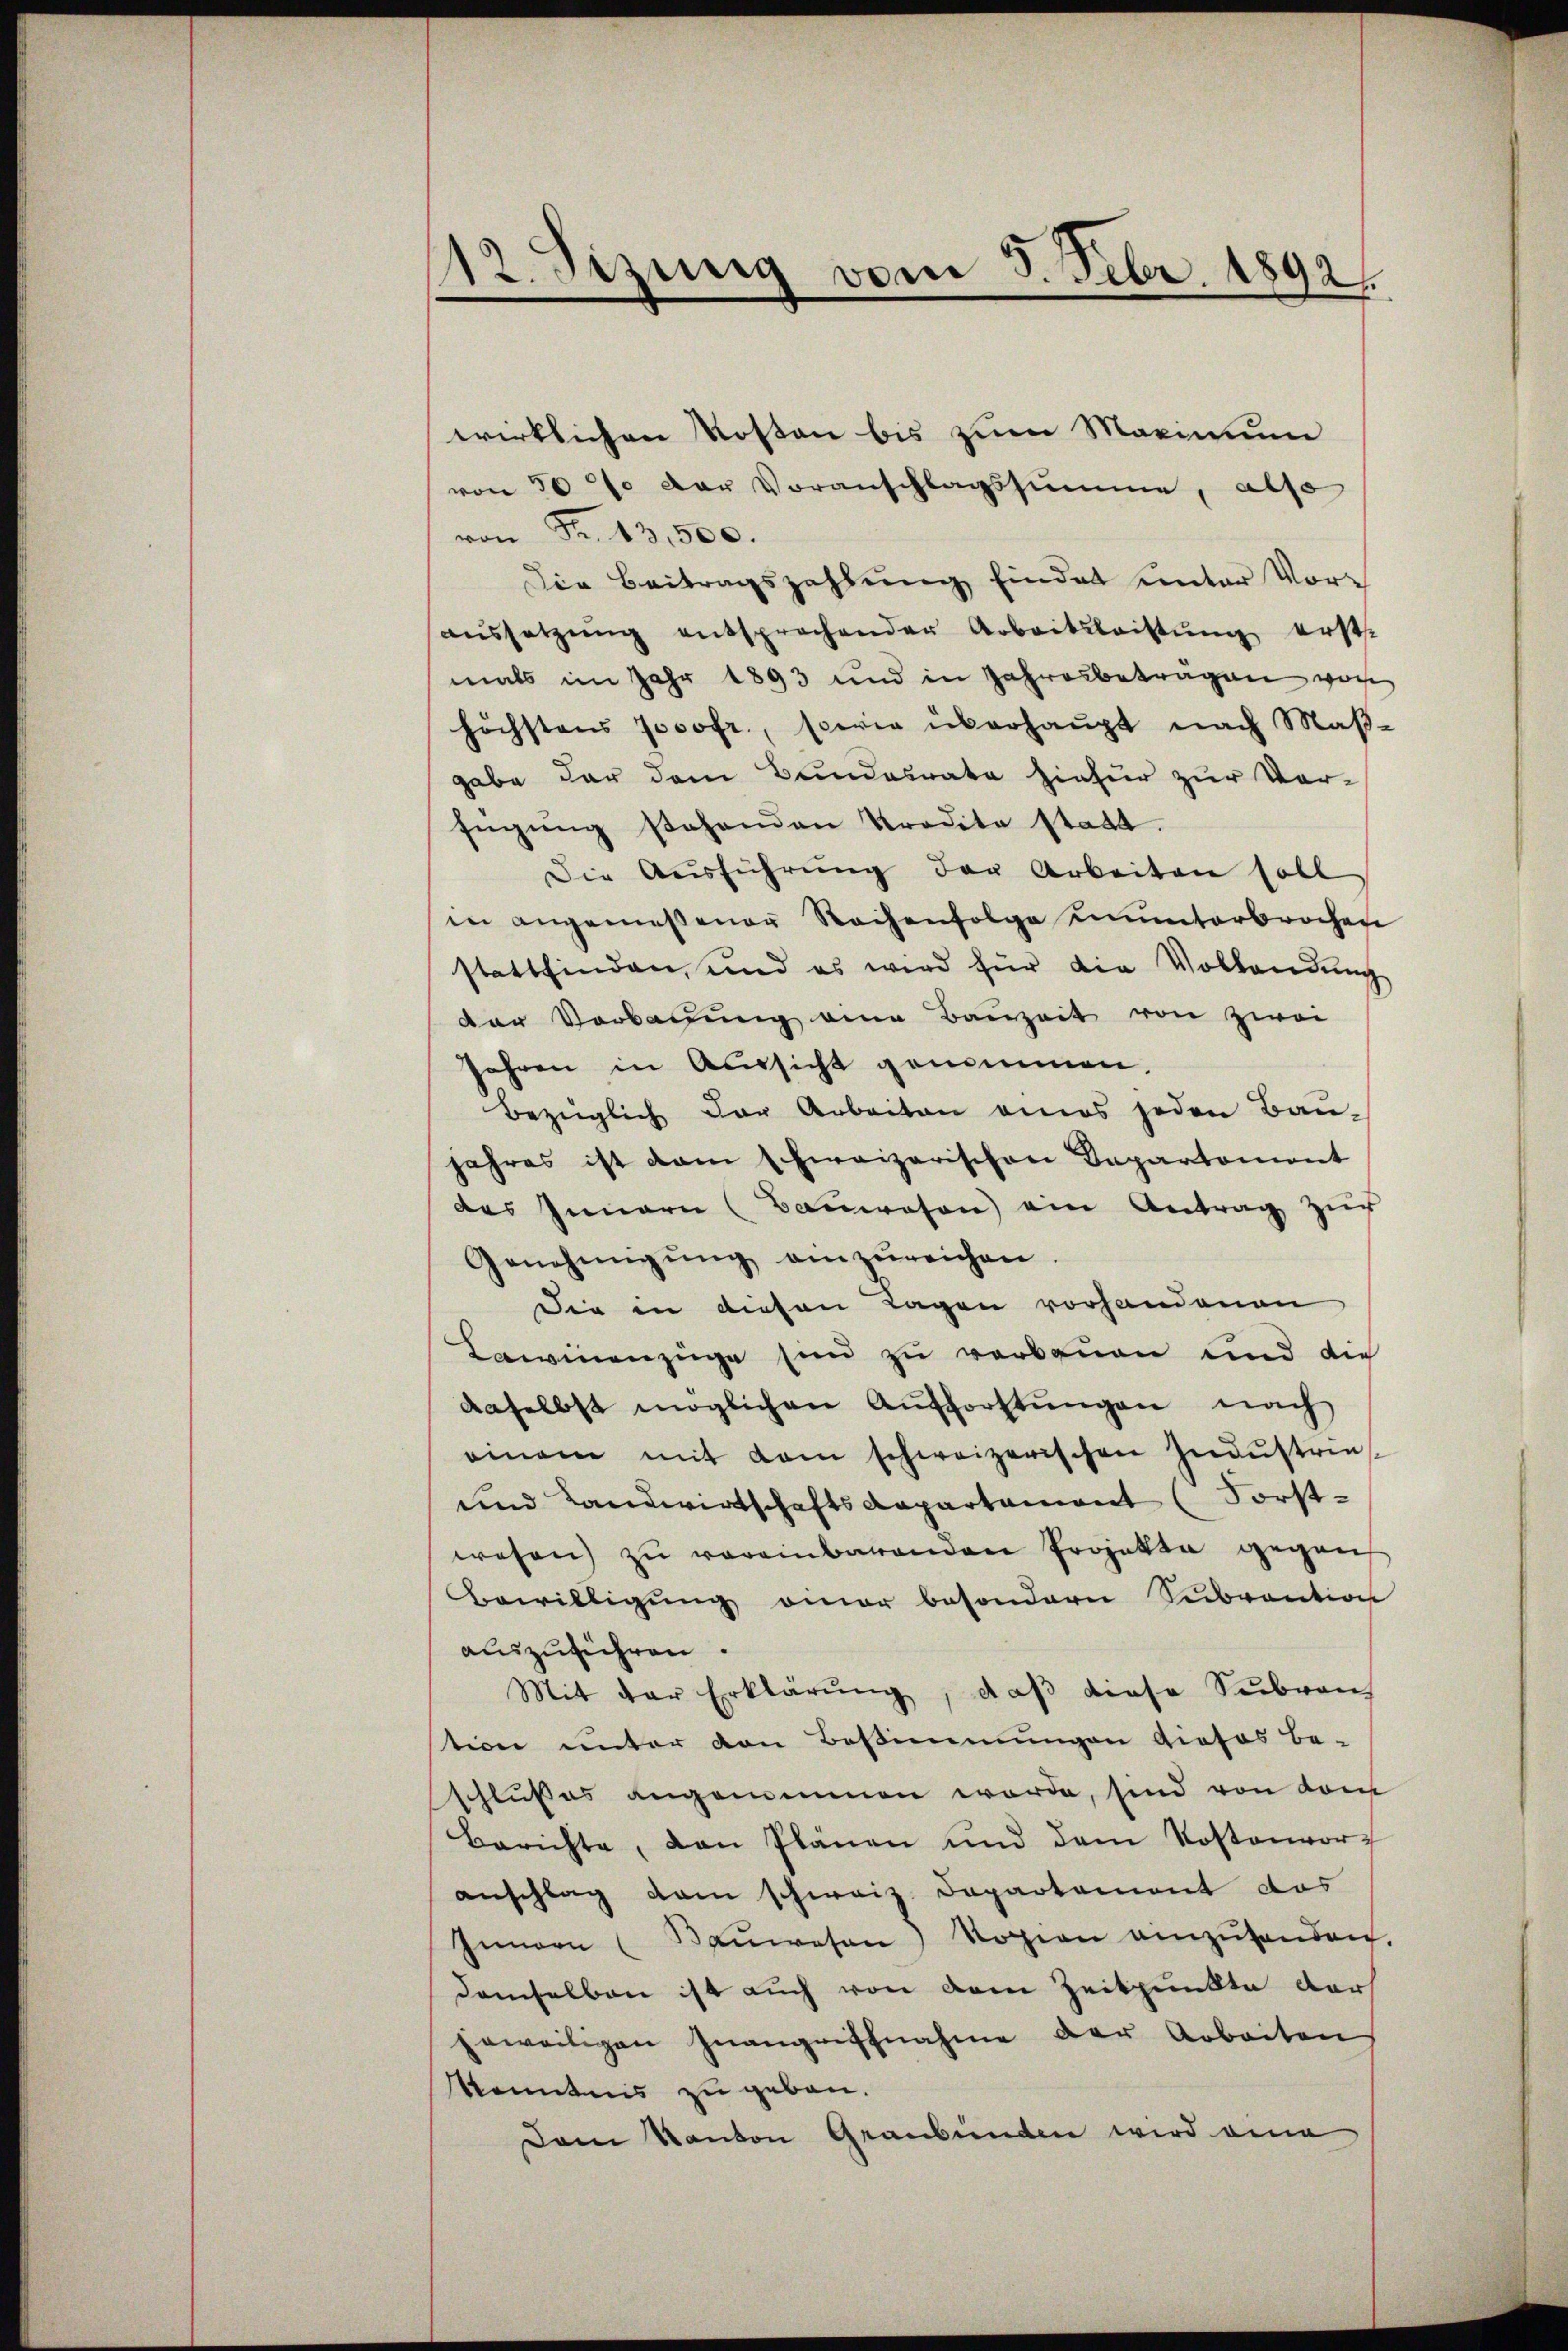
12. Sizung vom 5. Febr. 1892.

wirklichen Kosten bis zum Marinum
von 50 % der Voranschlagssumme, also
von Fr. 13,500.
Die Beitragszahlung findet unter Voraŭssetzŭng entsprochender Arbeitsleistŭng erste
mals im Jahr 1893 und in Jahresbetragen wor
höchstens 7000fr., sowie überhaupt nach Maß-
gabe der dem Bundesrate hiefür zur Vor-
fügŭng stehenden Prodita stadt.
Die Aŭsführŭng der Arbeiten soll
in angemessener Reihenfolge ununterbrochen
stattfinden, und es wird für die Vollandŭng
der Verbauung eine Bauzeit von zwei
Jahren in Aussicht genommen,
Bezüglich der Arbeiten eines jeden Bau-
jahres ist dan schweizerischen Departement
des Innern (Bauwesen) ein Antrag zur
Genehmigŭng einzŭreichen.
Die in diesen Tagen vorhandenen
Lawinenzüge ein zŭ verbauen und die
daselbst möglichen Aŭsforstŭngen nach
einem mit dem schweizerischen Indŭstrie
und Landwirtschaftsdepartament (Forst-
wesen zu vereinbarenden Projekte gegen
Bewilligung einer besondern Subvention
auszuführen.
Mit der Erklärŭng, daβ diese Subven
tion unter von Bestimmungen dieses Be-
schlusses angemeinnen worde, sind von dem
Berichte, von Plänen und dem Kostenvor
anschlag dem schweiz. Departement das
Innern (Baŭwesen, Vosion einzŭhanden.
demselben ist auch von deren Zeitpunkte darf
jeweiligen Inangriffnahme der Arbeiten
Kenntnis zu geben.
Dem Kanton Graubünden wird eine